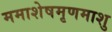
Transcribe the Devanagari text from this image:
ममाशेषमृणमाशु